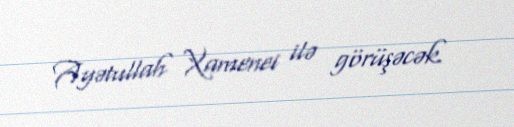
Ayətullah Xamenei ilə görüşəcək.